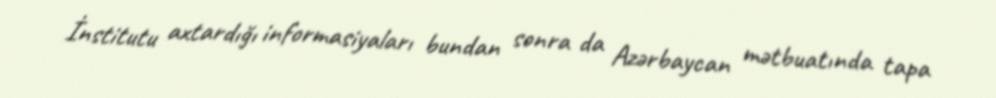
İnstitutu axtardığı informasiyaları bundan sonra da Azərbaycan mətbuatında tapa